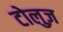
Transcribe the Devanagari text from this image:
टोलुज़